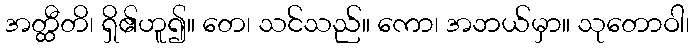
အတ္ထီတိ၊ ရှိ၏ဟူ၍။ တေ၊ သင်သည်။ ကော၊ အဘယ်မှာ။ သုတောဝါ၊